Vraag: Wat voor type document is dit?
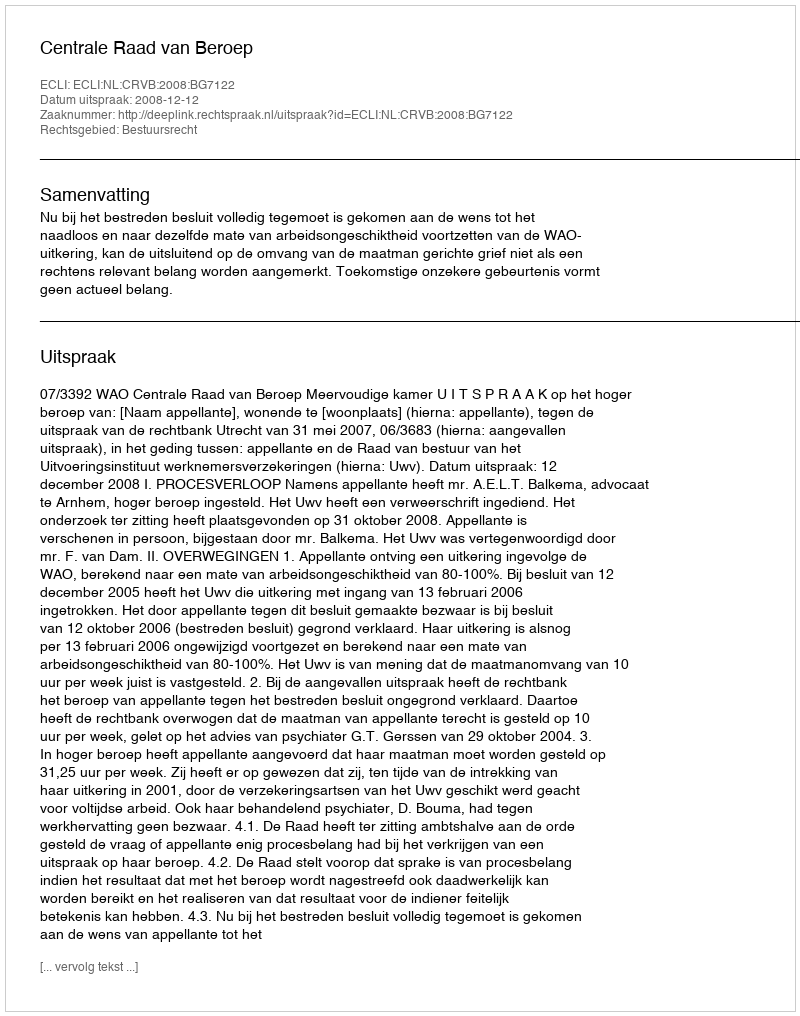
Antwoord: Uitspraak